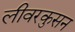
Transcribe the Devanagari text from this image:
लीवरकुसन